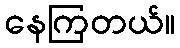
နေကြတယ်။